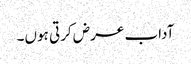
آداب عرض کرتی ہوں۔